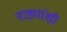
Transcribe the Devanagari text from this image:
नाड्यांशी